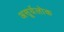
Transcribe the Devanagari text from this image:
असूर्यलोक